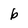
Character: b